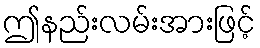
ဤနည်းလမ်းအားဖြင့်